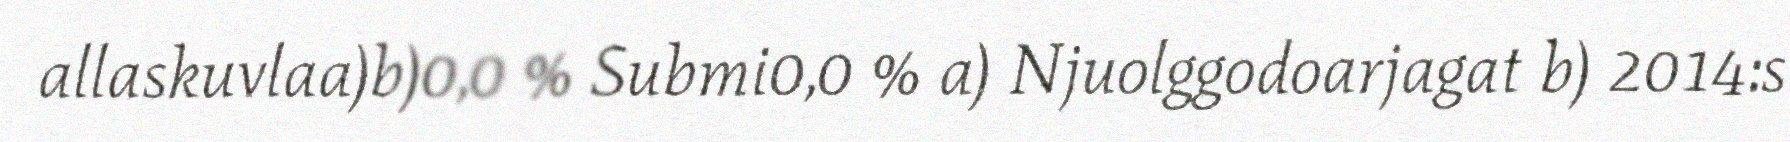
allaskuvlaa)b)0,0 % Submi0,0 % a) Njuolggodoarjagat b) 2014:s